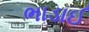
ભાડાઈ